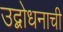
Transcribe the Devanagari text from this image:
उद्बोधनाची